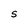
Character: S